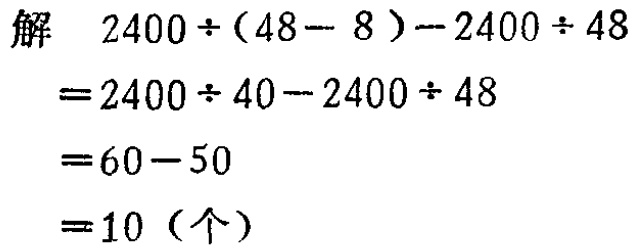
解
\[
\begin{align*}
&2400\div(48 - 8)-2400\div48\\
=&2400\div40-2400\div48\\
=&60 - 50\\
=&10 (\text{个})
\end{align*}
\]